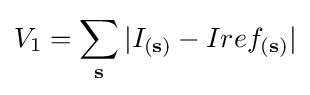
V_{1}=\sum _{\mathbf {s} }|I_{(\mathbf {s} )}-Iref_{(\mathbf {s} )}|